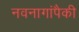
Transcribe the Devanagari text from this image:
नवनागांपैकी